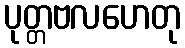
ပုတ္တဗလဟေတု